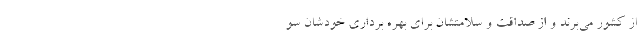
از کشور می‌برند و از صداقت و سلامتشان برای بهره برداری خودشان سو